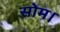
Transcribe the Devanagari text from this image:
सोम।